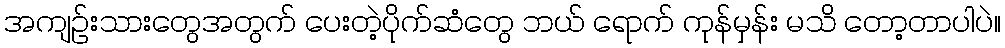
အကျဉ်းသားတွေအတွက် ပေးတဲ့ပိုက်ဆံတွေ ဘယ် ရောက် ကုန်မှန်း မသိ တော့တာပါပဲ။